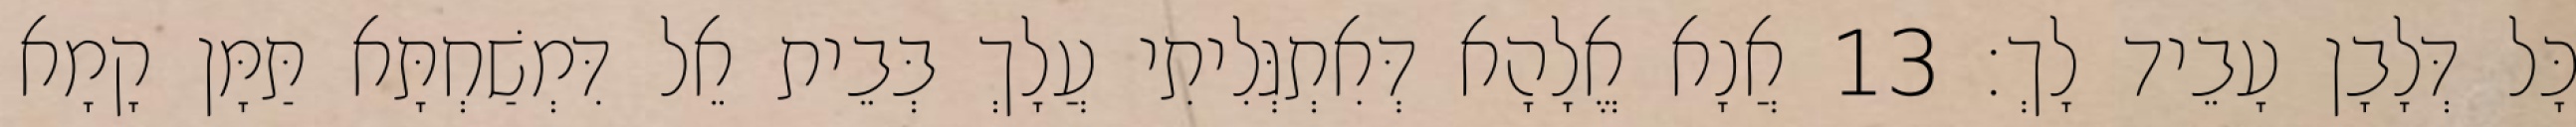
כָּל דְּלָבָן עָבֵיד לָךְ׃ 13 אֲנָא אֱלָהָא דְּאִתְגְּלִיתִי עֲלָךְ בְּבֵית אֵל דִּמְשַׁחְתָּא תַּמָּן קָמָא